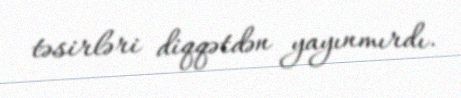
təsirləri diqqətdən yayınmırdı.